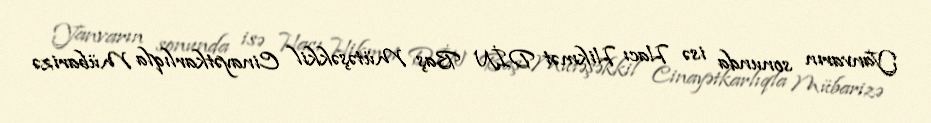
Yanvarın sonunda isə Hacı Hikmət DİN Baş Mütəşəkkil Cinayətkarlıqla Mübarizə